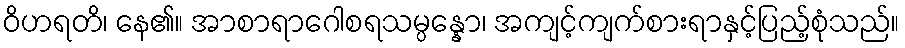
ဝိဟရတိ၊ နေ၏။ အာစာရာဂေါစရသမ္ပန္နော၊ အကျင့်ကျက်စားရာနှင့်ပြည့်စုံသည်။